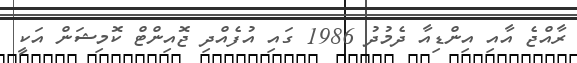
ރާއްޖެ އާއި އިންޑިއާ ދެމުދު 1986 ގައި އުފެއްދި ޖޮއިންޓް ކޮމިޝަން އަކީ